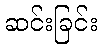
ဆင်းခြင်း